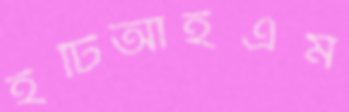
ইটিআইএম